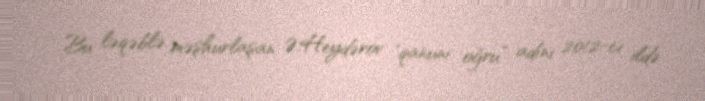
Bu ləqəblə məşhurlaşan Ə.Heydərov "qanuni oğru” adını 2012-ci ildə